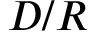
D / R